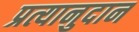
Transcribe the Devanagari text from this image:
प्रत्यानुदान